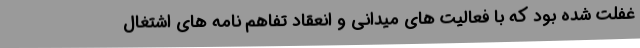
غفلت شده بود که با فعالیت های میدانی و انعقاد تفاهم نامه های اشتغال